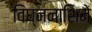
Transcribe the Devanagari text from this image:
विघ्ननाशिने